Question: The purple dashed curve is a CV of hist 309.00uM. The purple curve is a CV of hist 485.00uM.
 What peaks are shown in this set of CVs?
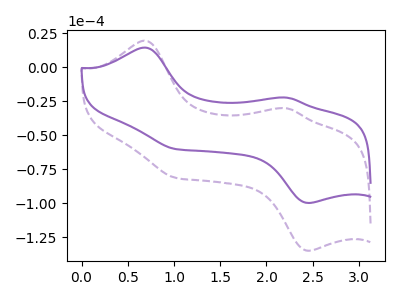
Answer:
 <answer>The purple dashed curve "hist 309.00uM" has anodic peaks at (0.70V, 19.50uA) (2.25V, -30.35uA) and cathodic peaks at (2.45V, -135.05uA) (1.00V, -81.35uA). The purple curve "hist 485.00uM" has anodic peaks at (0.70V, 14.40uA) (2.25V, -22.45uA) and cathodic peaks at (2.45V, -99.90uA) (1.00V, -60.20uA).</answer>
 <eval></eval>